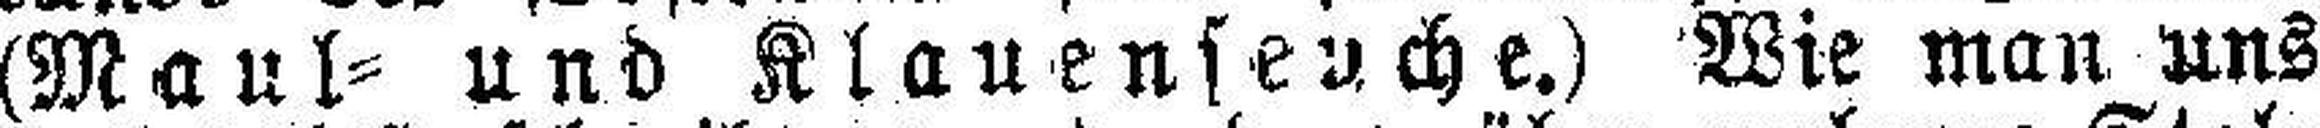
(Maul= und Klauenseuche.) Wie man uns